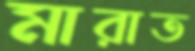
মারাত